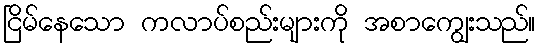
ငြိမ်နေသော ကလာပ်စည်းများကို အစာကျွေးသည်။